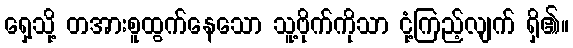
ရှေ့သို့ တအားစူထွက်နေသော သူ့ဗိုက်ကိုသာ ငုံ့ကြည့်လျက် ရှိ၏။